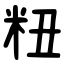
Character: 粈